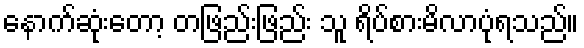
နောက်ဆုံးတော့ တဖြည်းဖြည်း သူ ရိပ်စားမိလာပုံရသည်။